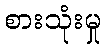
စားသုံးမှု